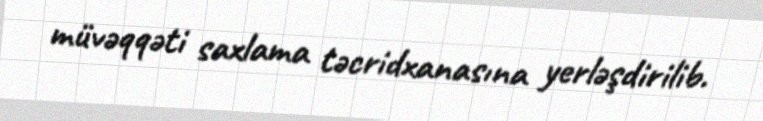
müvəqqəti saxlama təcridxanasına yerləşdirilib.